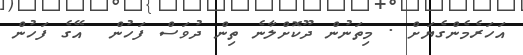
އަހަރެމެންގެޔަށް . މިތަނުން ދޫކޮށްލާނެ ތިން ދުވަސް ފަހުން  އޭގެ ފަހުން